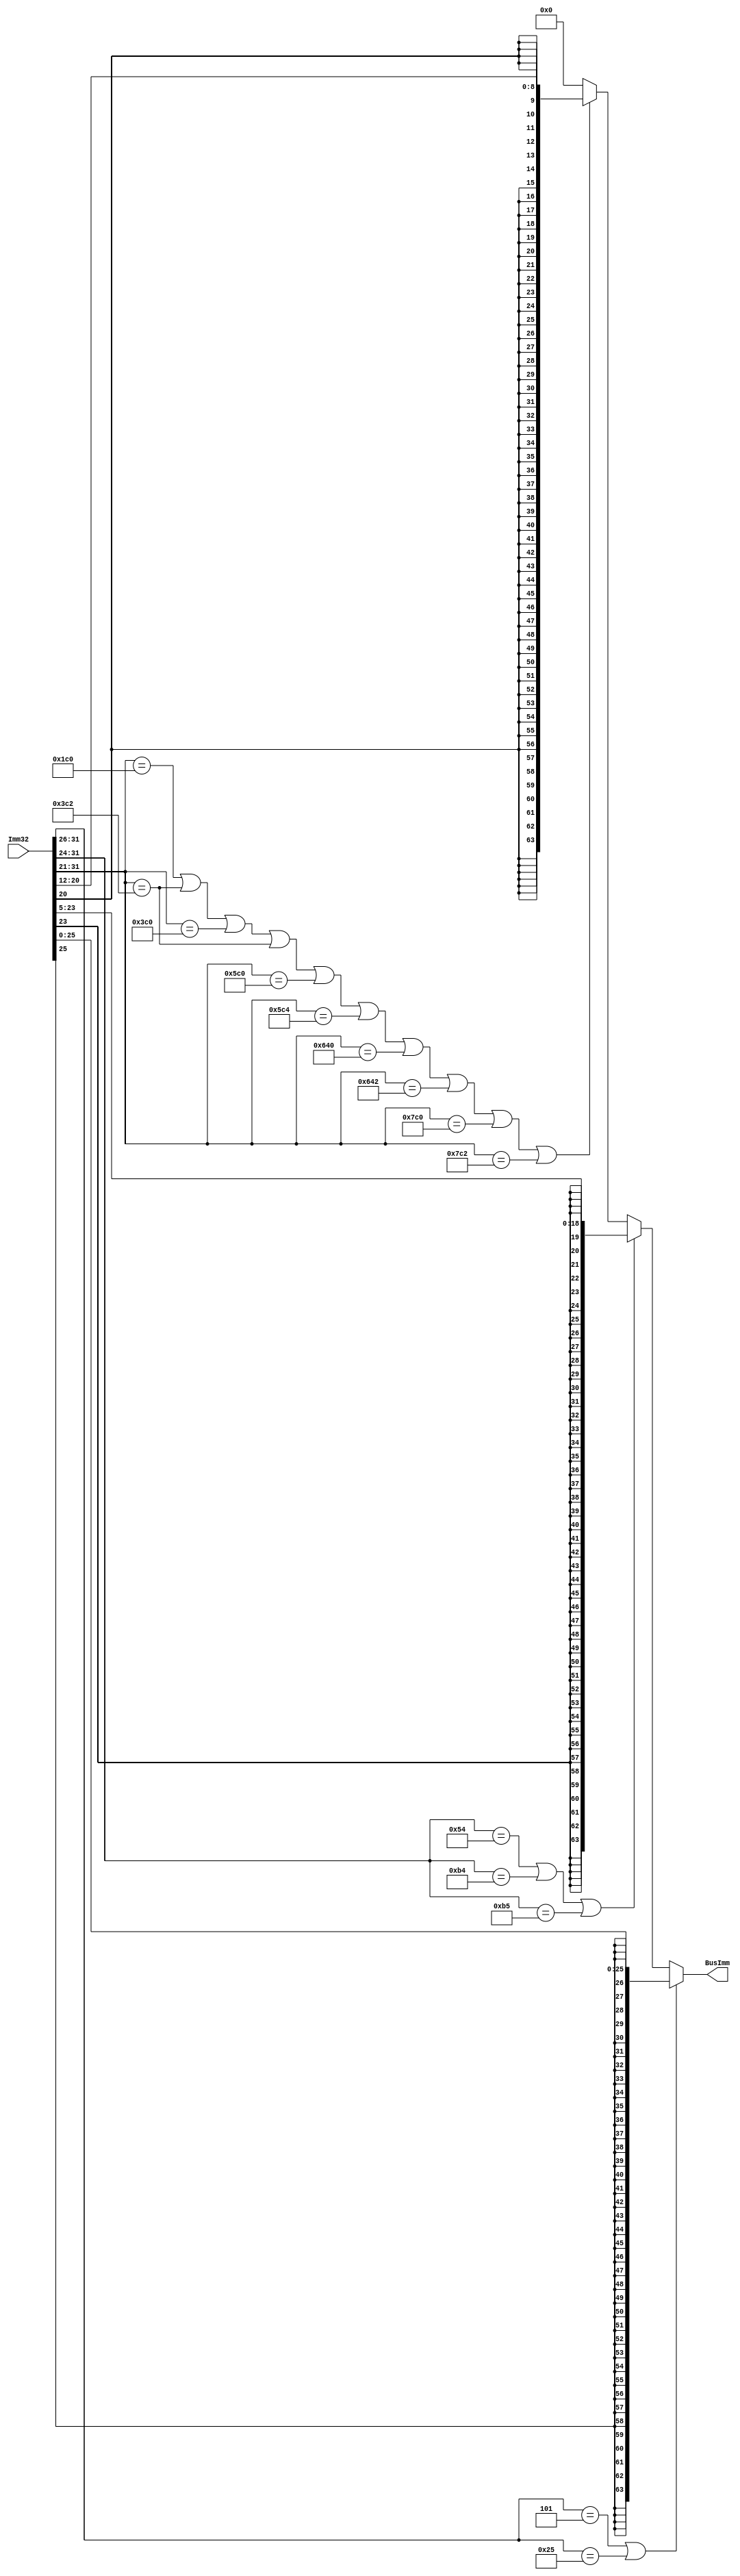
`timescale 1ns/ 1ps

module SignExtender(BusImm, Imm32);

	input [31:0] Imm32;
	output reg [63:0] BusImm;

	always @(*)
	begin
	if(Imm32[31:26] == 6'b000101 || Imm32[31:26] == 6'b100101)
	begin
		BusImm = {{38{Imm32[25]}}, Imm32[25:0]}; 
	end

	else if(Imm32[31:24] == 8'b01010100 || 
		Imm32[31:24] == 8'b10110100 || 
		Imm32[31:24] == 8'b10110101) // CB type
		begin
		BusImm = {{45{Imm32[23]}}, Imm32[23:5]};
		end

	else if(Imm32[31:21] == 11'b00111000000 || //D type
		Imm32[31:21] == 11'b01111000010 || 
		Imm32[31:21] == 11'b01111000000 ||
		Imm32[31:21] == 11'b01111000010 ||
		Imm32[31:21] == 11'b10111000000 || 
		Imm32[31:21] == 11'b10111000100 ||
		Imm32[31:21] == 11'b11001000000 || 
		Imm32[31:21] == 11'b11001000010 ||
		Imm32[31:21] == 11'b11111000000 || 
		Imm32[31:21] == 11'b11111000010)
	begin
		BusImm = {{55{Imm32[20]}}, Imm32[20:12]};
	end
	else
	begin 
		BusImm = 64'b0;
	end
		
	end
endmodule